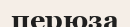
перюза